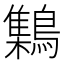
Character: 𪆐